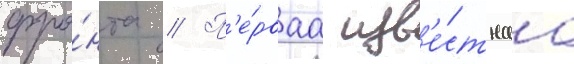
фро́нта // П'е́рваа изв'е́стнаа